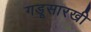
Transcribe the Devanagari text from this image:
गडूसारखी